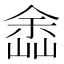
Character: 嵞